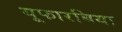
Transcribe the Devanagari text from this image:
यूफारबिया